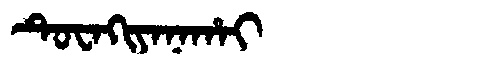
Manchu: ᡨᡠᠸᠠᡴᡳᠶᠠᠨᠠᡥᠠᡳ
Romanization: TUWAKIYANAHAI